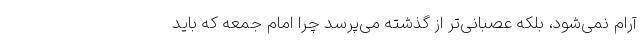
آرام نمی‌شود، بلکه عصبانی‌تر از گذشته می‌پرسد چرا امام جمعه که باید